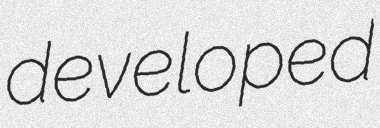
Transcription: developed